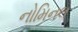
નોમિનલ